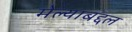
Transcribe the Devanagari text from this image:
मेल्याबद्दल